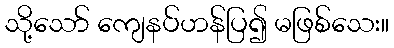
သို့သော် ကျေနပ်ဟန်ပြ၍ မဖြစ်သေး။